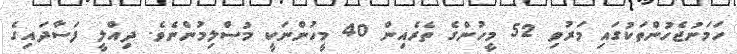
ހަމަނުޖެހުންތަކުގައި މަރުވި 52 މީހުންގެ ތެރެއިން 40 މީހުންނަކީ މުސްލިމުންނެވެ. ދިއްލީ ފަސާދައިގެ